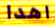
اهدا